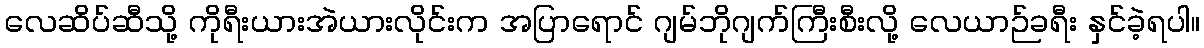
လေဆိပ်ဆီသို့ ကိုရီးယားအဲယားလိုင်းက အပြာရောင် ဂျမ်ဘိုဂျက်ကြီးစီးလို့ လေယာဉ်ခရီး နှင်ခဲ့ရပါ။